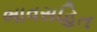
ભાવસહિત